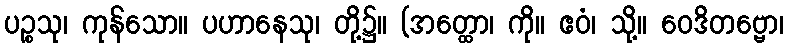
ပဉ္စသု၊ ကုန်သော။ ပဟာနေသု၊ တို့၌။ (အတ္ထော၊ ကို။ ဧဝံ၊ သို့။ ဝေဒိတဗ္ဗော၊